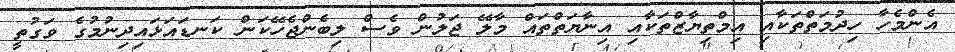
އެންމެހާ ހިދުމަތްތަކާއި އިމްތިޔާޒްތަކާއި އިނާޔަތްތައް މާލޭ ޖަލުން ވެސް ލިބެންޖެހޭކަން ކަނޑައަޅައިދިނުމުގެ ވަގުތީ